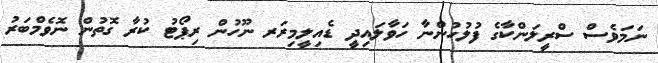
ނަމަވެސް ސްރީލަންކާގެ ފުލުހުންނާ ހަވާލައިދީ ޑެއިލީމިރަރ ނޫހުން ރިޕޯޓު ކުރާ ގޮތުން ނޮވެމްބަރު